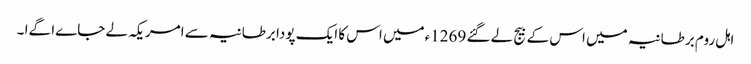
اہل روم برطانیہ میں اس کے بیج لے گئے 1269ءمیں اس کا ایک پودا برطانیہ سے امریکہ لے جاےا گےا ۔